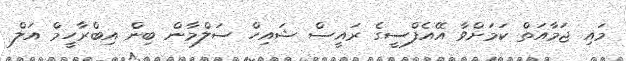
މައި ޖަމާއަތް ކަމަށްވާ އޭއެފްސީގެ ރައީސް ޝައިހް ސަލްމާން ބިން އިބްރާހީމް އަލް